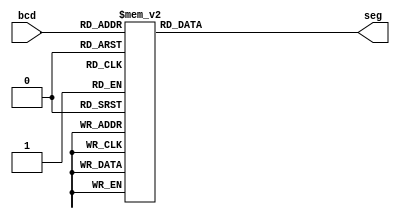
module SevenSegmentDecoder(
    input [3:0] bcd,
    output reg [7:0] seg
);
    // Binary to 7-segment decoder
    always @(bcd) begin
        case (bcd)
            4'b0000: seg = 8'b00000011; // 0
            4'b0001: seg = 8'b10011111; // 1
            4'b0010: seg = 8'b00100101; // 2
            4'b0011: seg = 8'b00001101; // 3
            4'b0100: seg = 8'b10011001; // 4
            4'b0101: seg = 8'b01001001; // 5
            4'b0110: seg = 8'b01000001; // 6
            4'b0111: seg = 8'b00011111; // 7
            4'b1000: seg = 8'b00000001; // 8
            4'b1001: seg = 8'b00001001; // 9
            4'b1010: seg = 8'b00010001; // A
            4'b1011: seg = 8'b11000001; // B
            4'b1100: seg = 8'b01100011; // C
            4'b1101: seg = 8'b10000101; // D
            4'b1110: seg = 8'b01100001; // E
            4'b1111: seg = 8'b01110001; // F
            default: seg = 8'b11111111; // Blank
        endcase
    end
endmodule